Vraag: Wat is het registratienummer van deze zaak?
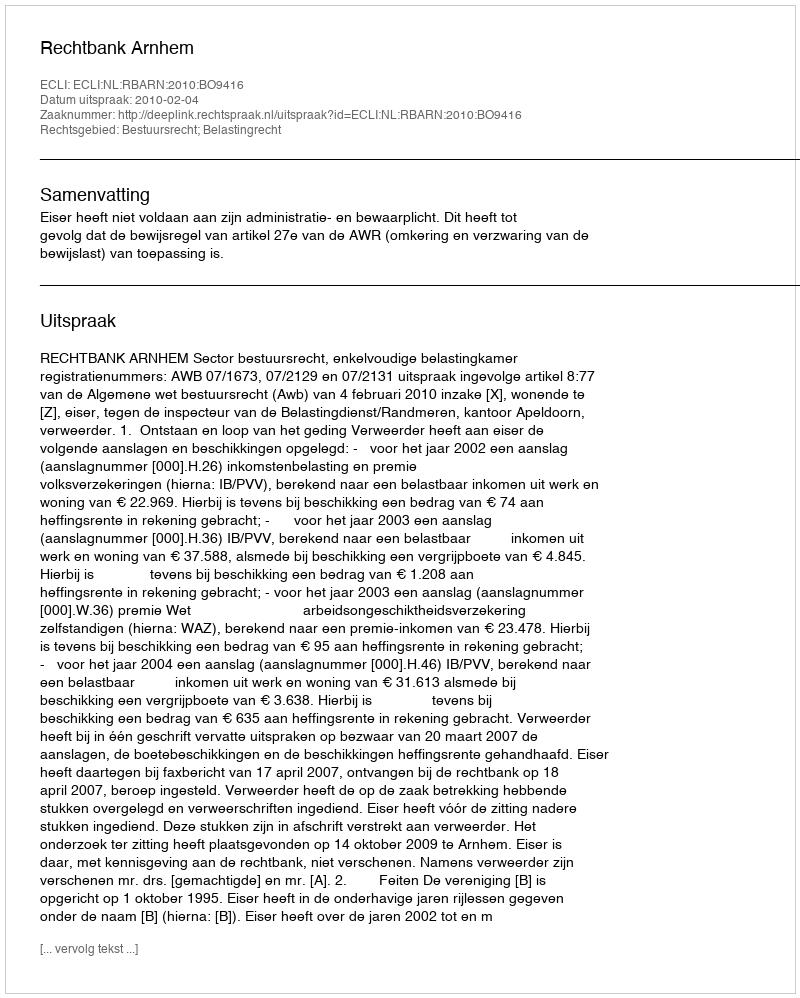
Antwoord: http://deeplink.rechtspraak.nl/uitspraak?id=ECLI:NL:RBARN:2010:BO9416